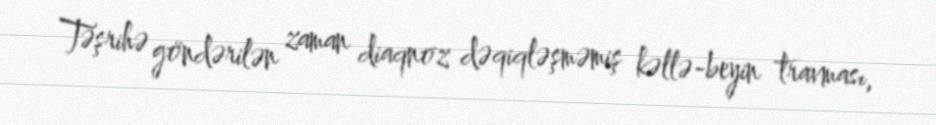
Təşrihə göndərilən zaman diaqnoz dəqiqləşməmiş kəllə-beyin travması,